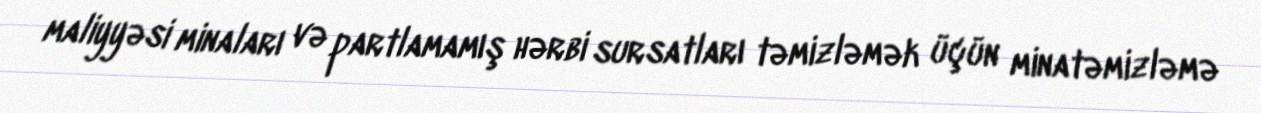
maliyyəsi minaları və partlamamış hərbi sursatları təmizləmək üçün minatəmizləmə